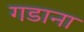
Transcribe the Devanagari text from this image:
गडाना